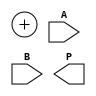
module WallaceTreeMultiplier #(parameter N = 4) (
    input [N-1:0] A,
    input [N-1:0] B,
    output [2*N-1:0] P
);
    
    wire [N-1:0] pp [0:N-1]; // Partial products
    wire [2*N-1:0] sum [0:N-2]; // Sum wires at each stage
    wire [2*N-1:0] carry [0:N-2]; // Carry wires at each stage
    wire [2*N-1:0] final_sum, final_carry;

    // Partial Product Generation
    genvar i, j;
    generate
        for (i = 0; i < N; i = i + 1) begin : pp_gen
            assign pp[i] = A & {N{B[i]}};
        end
    endgenerate

    // Wallace Tree Compression using CSAs
    generate
        for (i = 0; i < N-1; i = i + 1) begin : wallace_tree
            if (i == 0) begin
                assign {carry[i][0], sum[i][0]} = pp[0] + pp[1] + pp[2];
            end else if (i < N-2) begin
                assign {carry[i][0], sum[i][0]} = pp[i + 1] + sum[i - 1] + carry[i - 1];
            end
        end
    endgenerate
    
    // Final Addition Stage
    assign final_sum = sum[N-2] + carry[N-2];

    // Final Product
    assign P = {final_sum[N-1:0], final_carry[N-1:0]};

endmodule